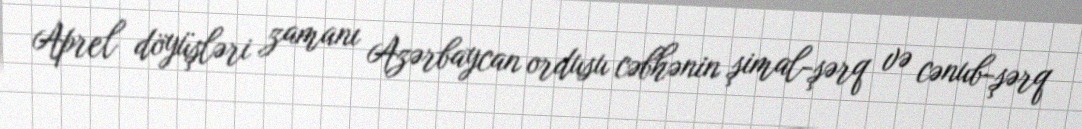
Aprel döyüşləri zamanı Azərbaycan ordusu cəbhənin şimal-şərq və cənub-şərq